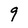
Character: 9